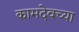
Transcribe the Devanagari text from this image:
कामदेवच्या